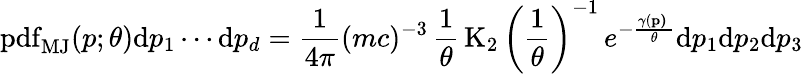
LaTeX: \operatorname{pdf}_{\mathrm{MJ}}(p;\theta)\mathrm{d}p_{1}\cdots\mathrm{d}p_{d}={\frac{1}{4\pi}}(mc)^{-3}\, {\frac{1}{\theta}}\operatorname{K}_{2}\left({\frac{1}{\theta}}\right)^{-1}\, e^{-{\frac{\gamma(\mathbf{p)}\ }{\theta}}}\mathrm{d}p_{1}\mathrm{d}p_{2}\mathrm{d}p_{3}